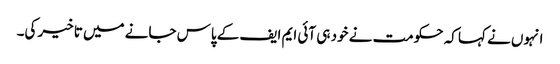
انہوں نے کہا کہ حکومت نے خود ہی آئی ایم ایف کے پاس جانے میں تاخیر کی۔